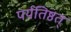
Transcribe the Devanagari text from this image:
पर्यतिष्ठत्